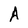
Character: A